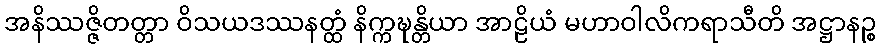
အနိဿဇ္ဇိတတ္တာ ဝိသယဒဿနတ္ထံ နိက္ကဍ္ဎန္တိယာ အာဠိယံ မဟာဝါလိကရာသီတိ အဋ္ဌာနဉ္စ